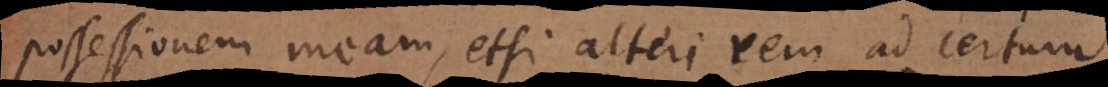
possessionem meam, etsi alteri rem ad certum